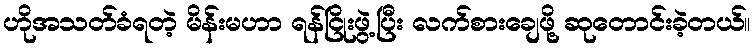
ဟိုအသတ်ခံရတဲ့ မိန်းမဟာ ရန်ငြိုးဖွဲ့ပြီး လက်စားချေဖို့ ဆုတောင်းခဲ့တယ်။